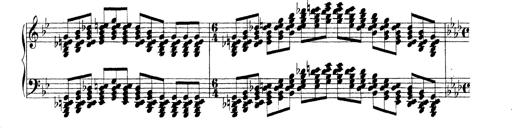
Title: Technische Studien
Composer: Franz Liszt